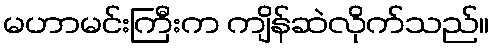
မဟာမင်းကြီးက ကျိန်ဆဲလိုက်သည်။